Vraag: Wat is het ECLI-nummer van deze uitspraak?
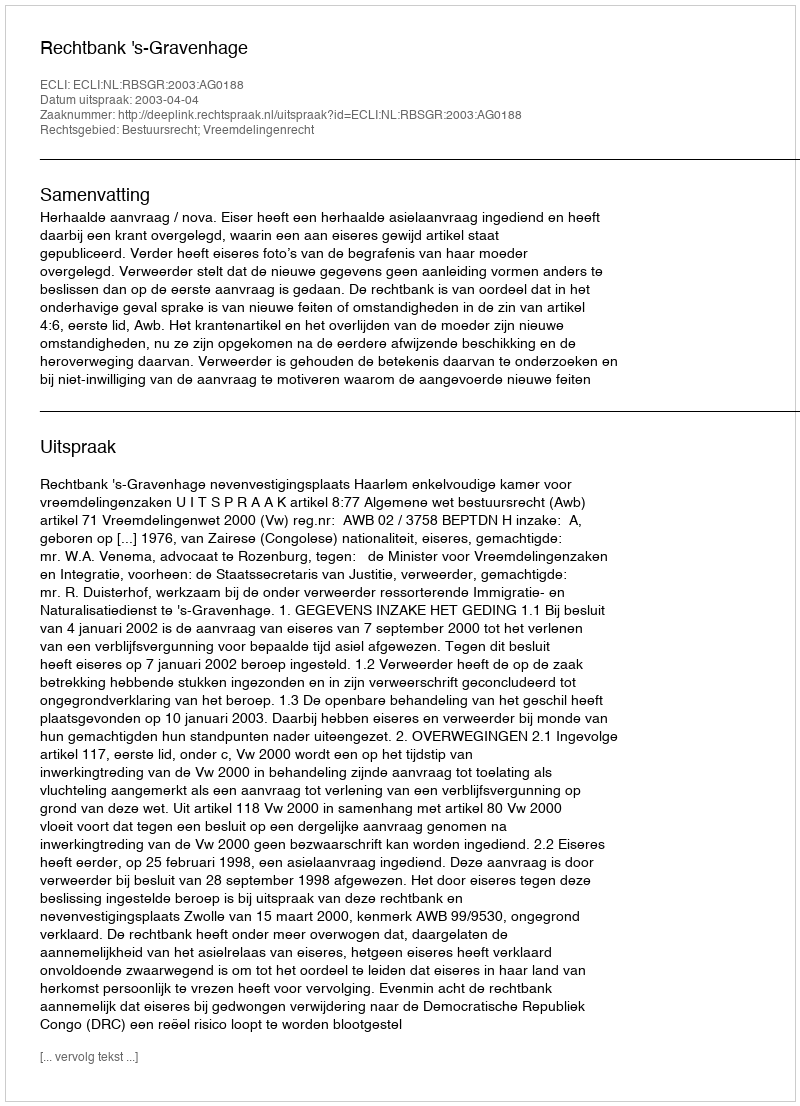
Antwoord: ECLI:NL:RBSGR:2003:AG0188